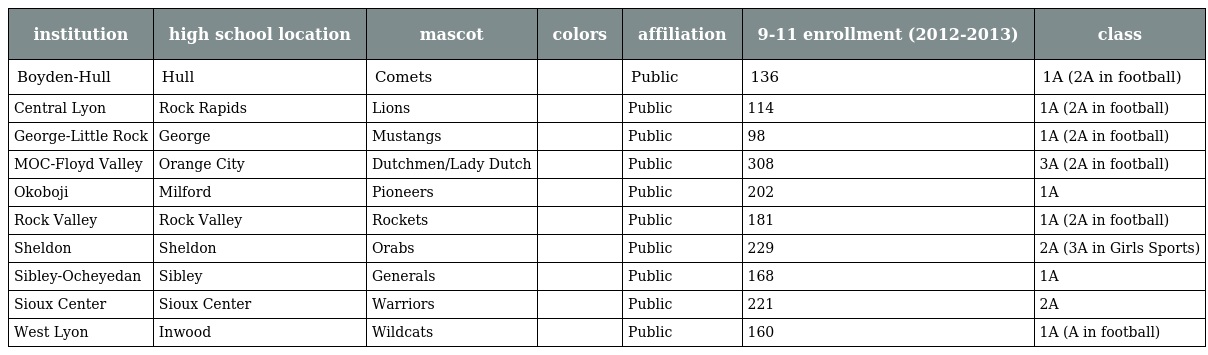
| institution | high school location | mascot | colors | affiliation | 9-11 enrollment (2012-2013) | class |
 | --- | --- | --- | --- | --- | --- | --- |
 | Boyden-Hull | Hull | Comets |  | Public | 136 | 1A (2A in football) |
 | Central Lyon | Rock Rapids | Lions |  | Public | 114 | 1A (2A in football) |
 | George-Little Rock | George | Mustangs |  | Public | 98 | 1A (2A in football) |
 | MOC-Floyd Valley | Orange City | Dutchmen/Lady Dutch |  | Public | 308 | 3A (2A in football) |
 | Okoboji | Milford | Pioneers |  | Public | 202 | 1A |
 | Rock Valley | Rock Valley | Rockets |  | Public | 181 | 1A (2A in football) |
 | Sheldon | Sheldon | Orabs |  | Public | 229 | 2A (3A in Girls Sports) |
 | Sibley-Ocheyedan | Sibley | Generals |  | Public | 168 | 1A |
 | Sioux Center | Sioux Center | Warriors |  | Public | 221 | 2A |
 | West Lyon | Inwood | Wildcats |  | Public | 160 | 1A (A in football) |